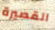
القصيرة